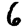
Digit: 6